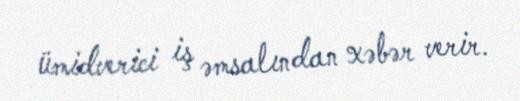
ümidverici iş əmsalından xəbər verir.